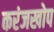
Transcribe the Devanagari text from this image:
करंजखोप